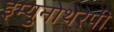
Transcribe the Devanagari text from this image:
इम्युनोथेरेपी